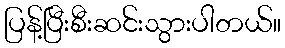
ပြန့်ပြီးစီးဆင်းသွားပါတယ်။